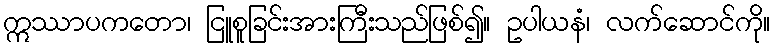
ဣဿာပကတော၊ ငြူစူခြင်းအားကြီးသည်ဖြစ်၍။ ဥပါယနံ၊ လက်ဆောင်ကို။